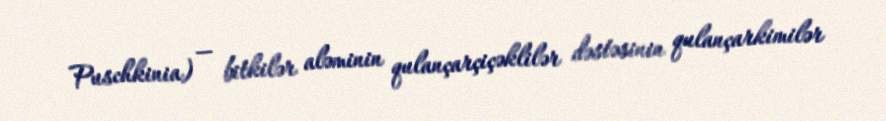
Puschkinia) — bitkilər aləminin qulançarçiçəklilər dəstəsinin qulançarkimilər